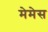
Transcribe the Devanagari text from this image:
मेमेस